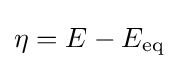
\eta =E-E_{\rm {eq}}